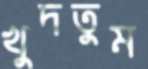
খুদতুম